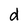
Character: d